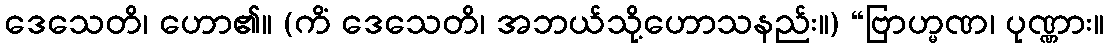
ဒေသေတိ၊ ဟော၏။ (ကိံ ဒေသေတိ၊ အဘယ်သို့ဟောသနည်း။) “ဗြာဟ္မဏ၊ ပုဏ္ဏား။